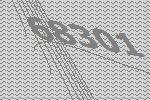
68301